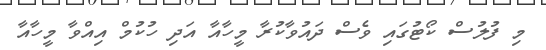
މި ފުލުސް ކޯޓުގައި ވެސް ދައުވާކުރާ މީހާއާ އަދި ހުކުމް އިއްވާ މީހާއާ